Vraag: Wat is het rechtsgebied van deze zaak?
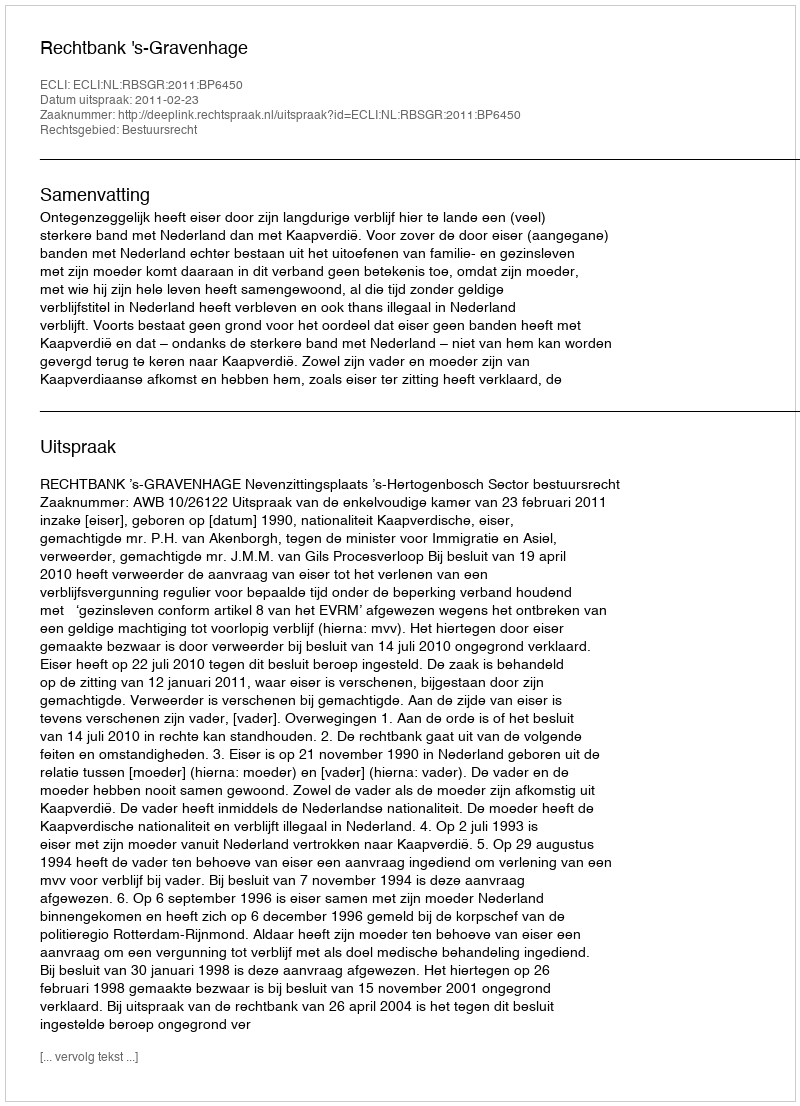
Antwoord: Bestuursrecht